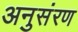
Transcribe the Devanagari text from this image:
अनुसंरण